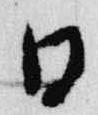
日